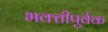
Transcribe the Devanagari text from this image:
भक्‍तीपुर्वक